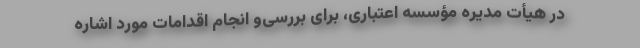
در هیأت مدیره مؤسسه اعتباری، برای بررسی‌و انجام اقدامات مورد اشاره